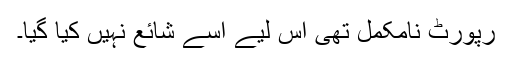
رپورٹ نامکمل تھی اس لیے اسے شائع نہیں کیا گیا۔